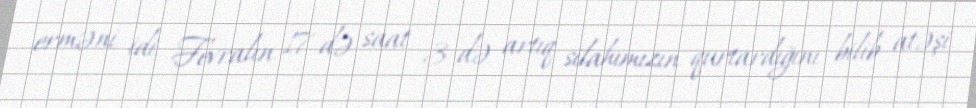
erməni idi. Fevralın 17-də saat 3-də artıq silahımızın qurtardığını bilib atəşi